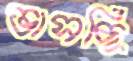
ভাসছি